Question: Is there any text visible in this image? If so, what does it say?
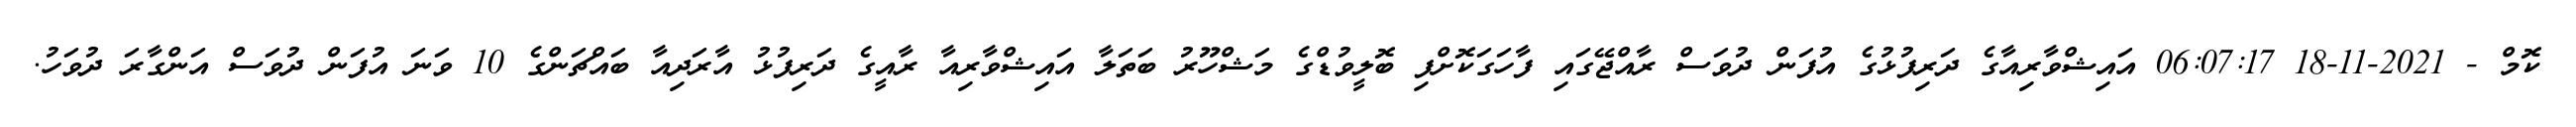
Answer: ކޮމް - 2021-11-18 06:07:17 އައިޝްވާރިއާގެ ދަރިފުޅުގެ އުފަން ދުވަސް ރާއްޖޭގައި ފާހަގަކޮށްފި ބޮލީވުޑްގެ މަޝްހޫރު ބަތަލާ އައިޝްވާރިއާ ރާއީގެ ދަރިފުޅު އާރަދިއާ ބައްޗަންގެ 10 ވަނަ އުފަން ދުވަސް އަންގާރަ ދުވަހު.